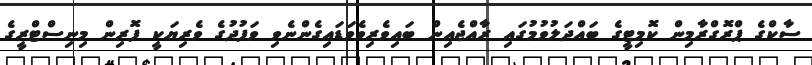
ސާކްގެ ޕްރޮގްރާމިން ކޮމިޓީގެ ބައްދަލުވުމުގައި ރާއްޖެއިން ބައިވެރިވެވަޑައިގެންނެވި ވަފުދުގެ ވެރިޔަކީ ފޮރިން މިނިސްޓްރީގެ